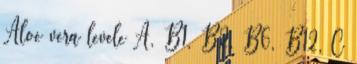
Aloe vera levele A, B1, B2, B6, B12, C